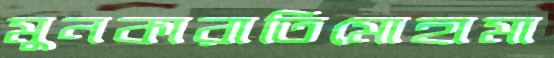
মুনকারাতিমোহামা